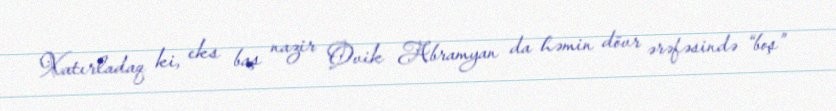
Xatırladaq ki, eks baş nazir Ovik Abramyan da həmin dövr ərəfəsində “boş”